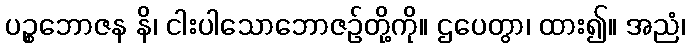
ပဉ္စဘောဇန နိ၊ ငါးပါသောဘောဇဉ်တို့ကို။ ဌပေတွာ၊ ထား၍။ အညံ၊